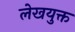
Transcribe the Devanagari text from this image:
लेखयुक्त